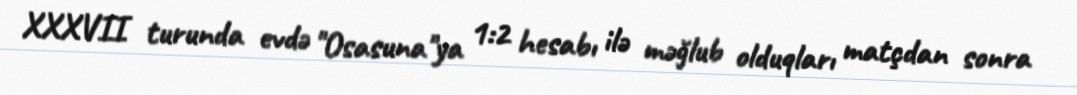
XXXVII turunda evdə "Osasuna"ya 1:2 hesabı ilə məğlub olduqları matçdan sonra